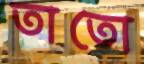
তাতো